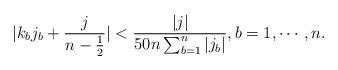
LaTeX: \begin{align*}|k_bj_b+\frac{j}{n-\frac12}|<\frac{|j|}{50n\sum_{b=1}^n|j_b|},b=1,\cdots,n.\end{align*}